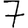
Digit: 7